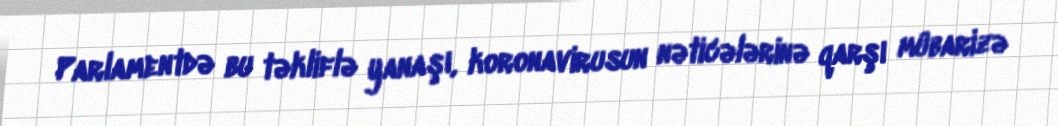
Parlamentdə bu təkliflə yanaşı, koronavirusun nəticələrinə qarşı mübarizə